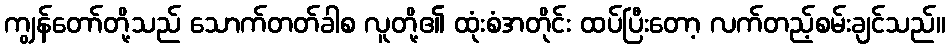
ကျွန်တော်တို့သည် သောက်တတ်ခါစ လူတို့၏ ထုံးစံအတိုင်း ထပ်ပြီးတော့ လက်တည့်စမ်းချင်သည်။